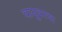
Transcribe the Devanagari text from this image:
वायूवरचा